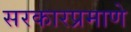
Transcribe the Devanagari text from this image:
सरकारप्रमाणे